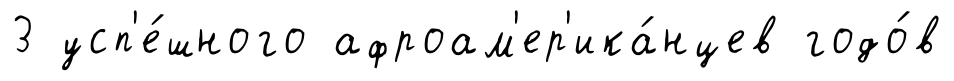
3 усп'е́шного афроам'ер'ика́нцев годо́в